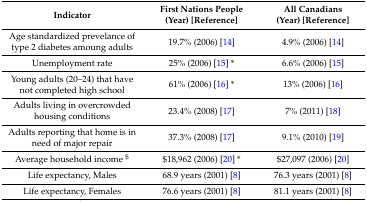
<table><thead><tr><td><b>Indicator</b></td><td><b>First Nations People (Year) [Reference]</b></td><td><b>All Canadians (Year) [Reference]</b></td></tr></thead><tbody><tr><td>Age standardized prevelance of type 2 diabetes amoung adults</td><td>19.7% (2006) [14]</td><td>4.9% (2006) [14]</td></tr><tr><td>Unemployment rate</td><td>25% (2006) [15] *</td><td>6.6% (2006) [15]</td></tr><tr><td>Young adults (20–24) that have not completed high school</td><td>61% (2006) [16] *</td><td>13% (2006) [16]</td></tr><tr><td>Adults living in overcrowded housing conditions</td><td>23.4% (2008) [17]</td><td>7% (2011) [18]</td></tr><tr><td>Adults reporting that home is in need of major repair</td><td>37.3% (2008) [17]</td><td>9.1% (2010) [19]</td></tr><tr><td>Average household income <sup>$</sup></td><td>$18,962 (2006) [20] *</td><td>$27,097 (2006) [20]</td></tr><tr><td>Life expectancy, Males</td><td>68.9 years (2001) [8]</td><td>76.3 years (2001) [8]</td></tr><tr><td>Life expectancy, Females</td><td>76.6 years (2001) [8]</td><td>81.1 years (2001) [8]</td></tr></tbody></table>